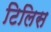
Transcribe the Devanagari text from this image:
टिलिस